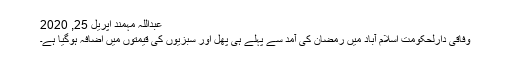
عبداللہ مہمند اپریل 25, 2020
وفاقی دارلحکومت اسلام آباد میں رمضان کی آمد سے پہلے ہی پھل اور سبزیوں کی قیمتوں میں اضافہ ہوگیا ہے۔